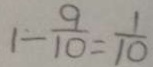
1 - \frac { 9 } { 1 0 } = \frac { 1 } { 1 0 }